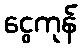
ငွေကုန်